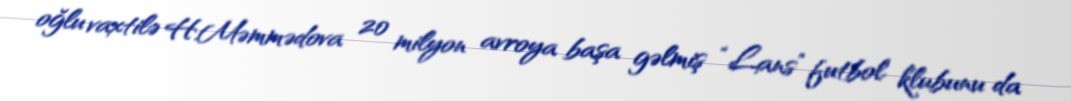
oğlu vaxtilə H.Məmmədova 20 milyon avroya başa gəlmiş “Lans” futbol klubunu da